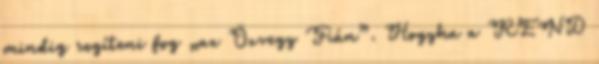
mindig segíteni fog „az Özvegy Fián”. Hogyha a REND